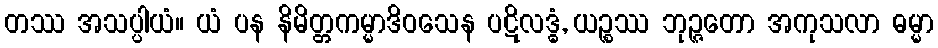
တဿ အသပ္ပါယံ။ ယံ ပန နိမိတ္တကမ္မာဒိဝသေန ပဋိလဒ္ဓံ, ယဉ္စဿ ဘုဉ္ဇတော အကုသလာ ဓမ္မာ